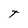
Character: T